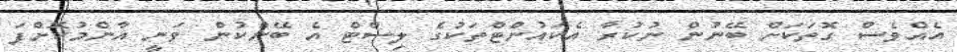
އެއްވެސް ގޮތަކަށް ބޭނުން ނުކުރާ އެކައުންޓްތަކުގެ ލިސްޓް އެ ބޭންކުން ވަނީ އާންމުކޮށްފަ